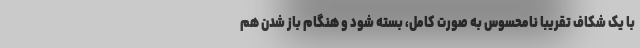
با یک شکاف تقریبا نامحسوس به صورت کامل، بسته شود و هنگام باز شدن هم